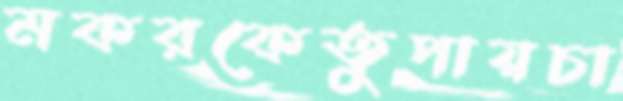
মকরকেতুুপায়চা